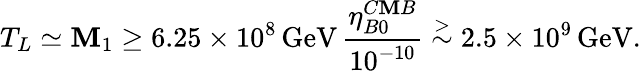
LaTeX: T_{L}\simeq\mathbf{M}_{1}\geq6.25\times10^{8}\, \mathrm{{GeV}}\, {\frac{{\eta_{B0}^{C\mathbf{M}B}}}{{10^{-10}}}}\stackrel{>}{\sim}2.5\times10^{9}\, \mathrm{{GeV}}.